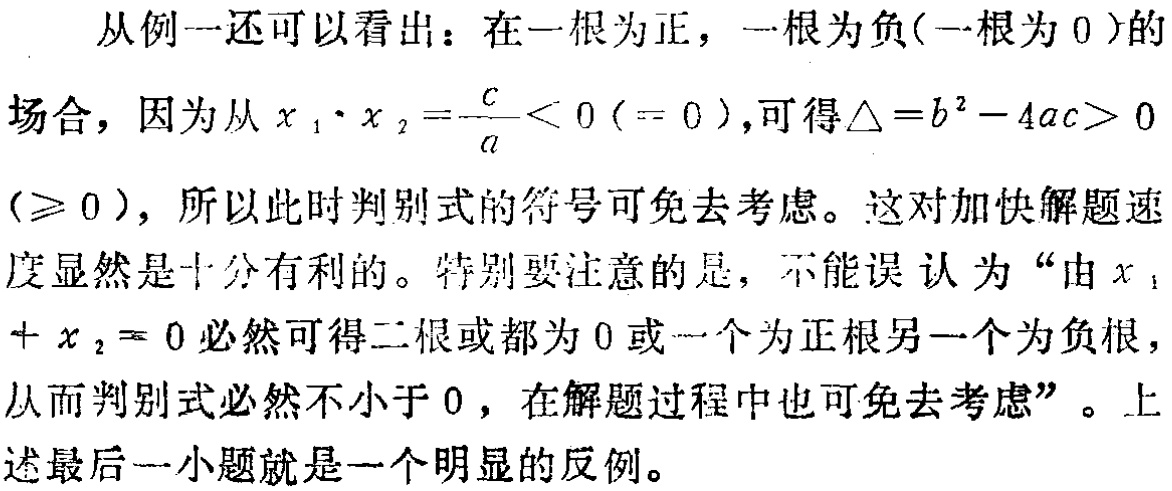
从例一还可以看出：在一根为正，一根为负(一根为 \(0\))的场合，因为从 \(x_{1}\cdot x_{2}=\frac{c}{a}<0( = 0)\)，可得\(\triangle = b^{2}-4ac>0(\geqslant 0)\)，所以此时判别式的符号可免去考虑。这对加快解题速度显然是十分有利的。特别要注意的是，不能误认为“由\(x_{1}+x_{2}=0\)必然可得二根或都为 \(0\)或一个为正根另一个为负根，从而判别式必然不小于 \(0\)，在解题过程中也可免去考虑”。上述最后一小题就是一个明显的反例。